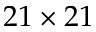
2 1 \times 2 1